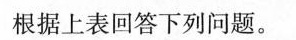
根据上表回答下列问题。